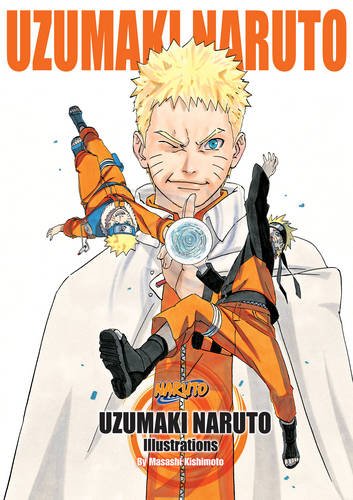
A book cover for Uzumaki Naruto: Illustrations; Masashi Kishimoto; Comics & Graphic Novels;